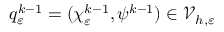
q _ { \varepsilon } ^ { k - 1 } = ( \boldsymbol { \chi } _ { \varepsilon } ^ { k - 1 } , \psi ^ { k - 1 } ) \in \mathcal { V } _ { h , \varepsilon }